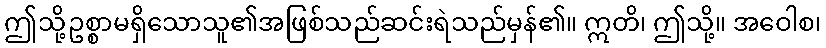
ဤသို့ဥစ္စာမရှိသောသူ၏အဖြစ်သည်ဆင်းရဲသည်မှန်၏။ ဣတိ၊ ဤသို့။ အဝေါစ၊